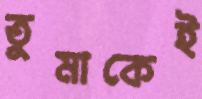
তুমাকেই